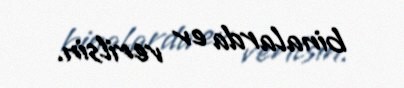
binalarda ev verilsin.